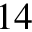
1 4